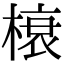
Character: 榱